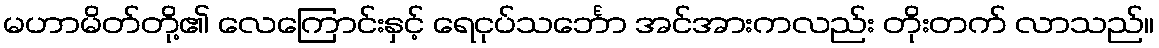
မဟာမိတ်တို့၏ လေကြောင်းနှင့် ရေငုပ်သင်္ဘော အင်အားကလည်း တိုးတက် လာသည်။